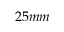
2 5 m m